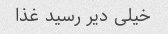
خیلی دیر رسید غذا